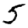
Digit: 5